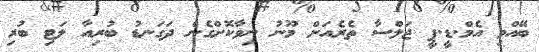
ބޭއްވި އެމް.ޑީ.ޕީ ޖަލްސާ ތެރެއަށް މޫނު ނިވާކޮށްގެން ދަގަނޑު ބުރިއާ ލަޓި ބުރި